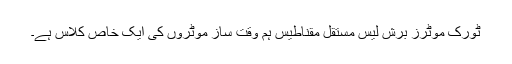
ٹورک موٹرز برش لیس مستقل مقناطیس ہم وقت ساز موٹروں کی ایک خاص کلاس ہے۔